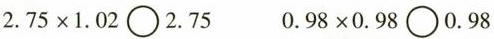
$$2 . 7 5 \times 1 . 0 2 \bigcirc 2 . 7 5 $$